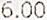
6.00